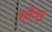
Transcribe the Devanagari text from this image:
कौश